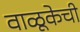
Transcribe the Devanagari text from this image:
वाळूकेची